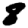
Digit: 8